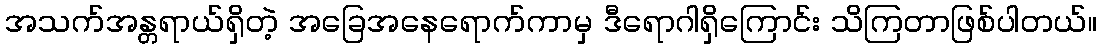
အသက်အန္တရာယ်ရှိတဲ့ အခြေအနေရောက်ကာမှ ဒီရောဂါရှိကြောင်း သိကြတာဖြစ်ပါတယ်။